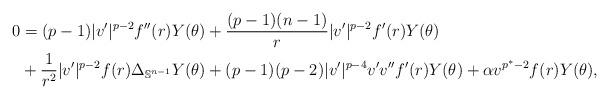
LaTeX: \begin{align*}0&=(p-1) |v'|^{p-2} f''(r)Y(\theta) + \frac{(p-1)(n-1)}{r} |v'|^{p-2} f'(r)Y(\theta) \\ & +\frac{1}{r^2}|v'|^{p-2} f(r)\Delta_{\mathbb{S}^{n-1}}Y(\theta)+(p-1)(p-2)|v'|^{p-4} v' v'' f'(r)Y(\theta) +\alpha v^{p^*-2}f(r)Y(\theta),\end{align*}